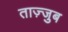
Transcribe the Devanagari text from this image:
ताज़्जुब